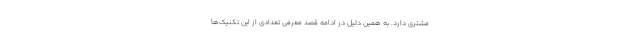
مشتری دارد. به همین دلیل در ادامه قصد معرفی تعدادی از این تکنیک‌ها